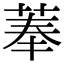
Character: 菶